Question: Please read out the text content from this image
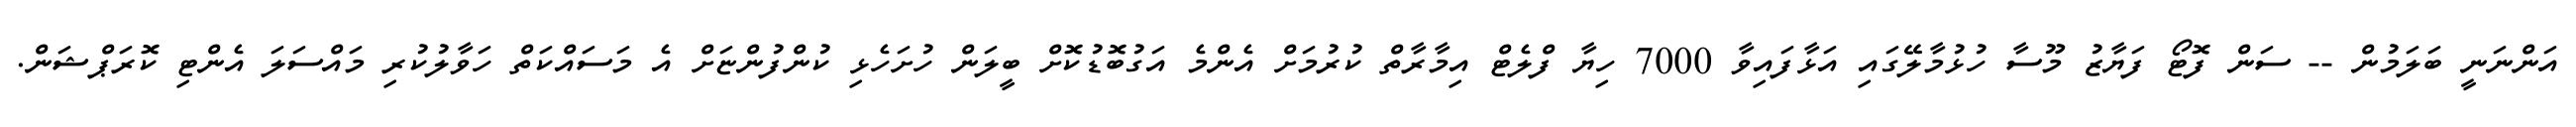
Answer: އަންނަނީ ބަލަމުން -- ސަން ފޮޓޯ ފަޔާޒު މޫސާ ހުޅުމާލޭގައި އަޅާފައިވާ 7000 ހިޔާ ފްލެޓް އިމާރާތް ކުރުމަށް އެންމެ އަގުބޮޑުކޮށް ބީލަން ހުށަހެޅި ކުންފުންޏަށް އެ މަސައްކަތް ހަވާލުކުރި މައްސަލަ އެންޓި ކޮރަޕްޝަން.